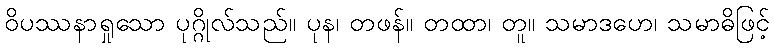
ဝိပဿနာရှုသော ပုဂ္ဂိုလ်သည်။ ပုန၊ တဖန်။ တထာ၊ တူ။ သမာဒဟေ၊ သမာဓိဖြင့်